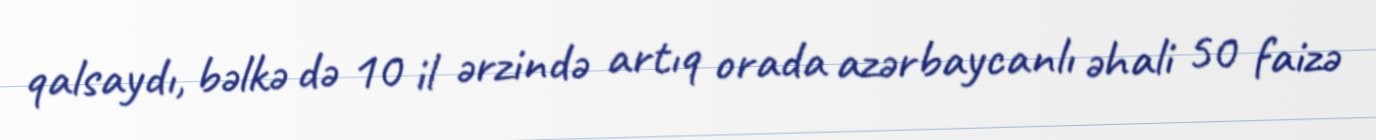
qalsaydı, bəlkə də 10 il ərzində artıq orada azərbaycanlı əhali 50 faizə